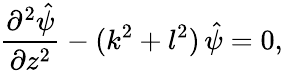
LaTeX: \frac{\partial^{2}\hat{\psi}}{\partial z^{2}}-(k^{2}+l^{2})\, \hat{\psi}=0,